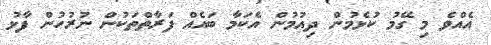
އެއްވެ މި ގޭމު ކުޅެމުން ދިއުމުން އެކަމާ ބައެއް ފަރާތްތަކުން ނުރުހުން ފާޅު